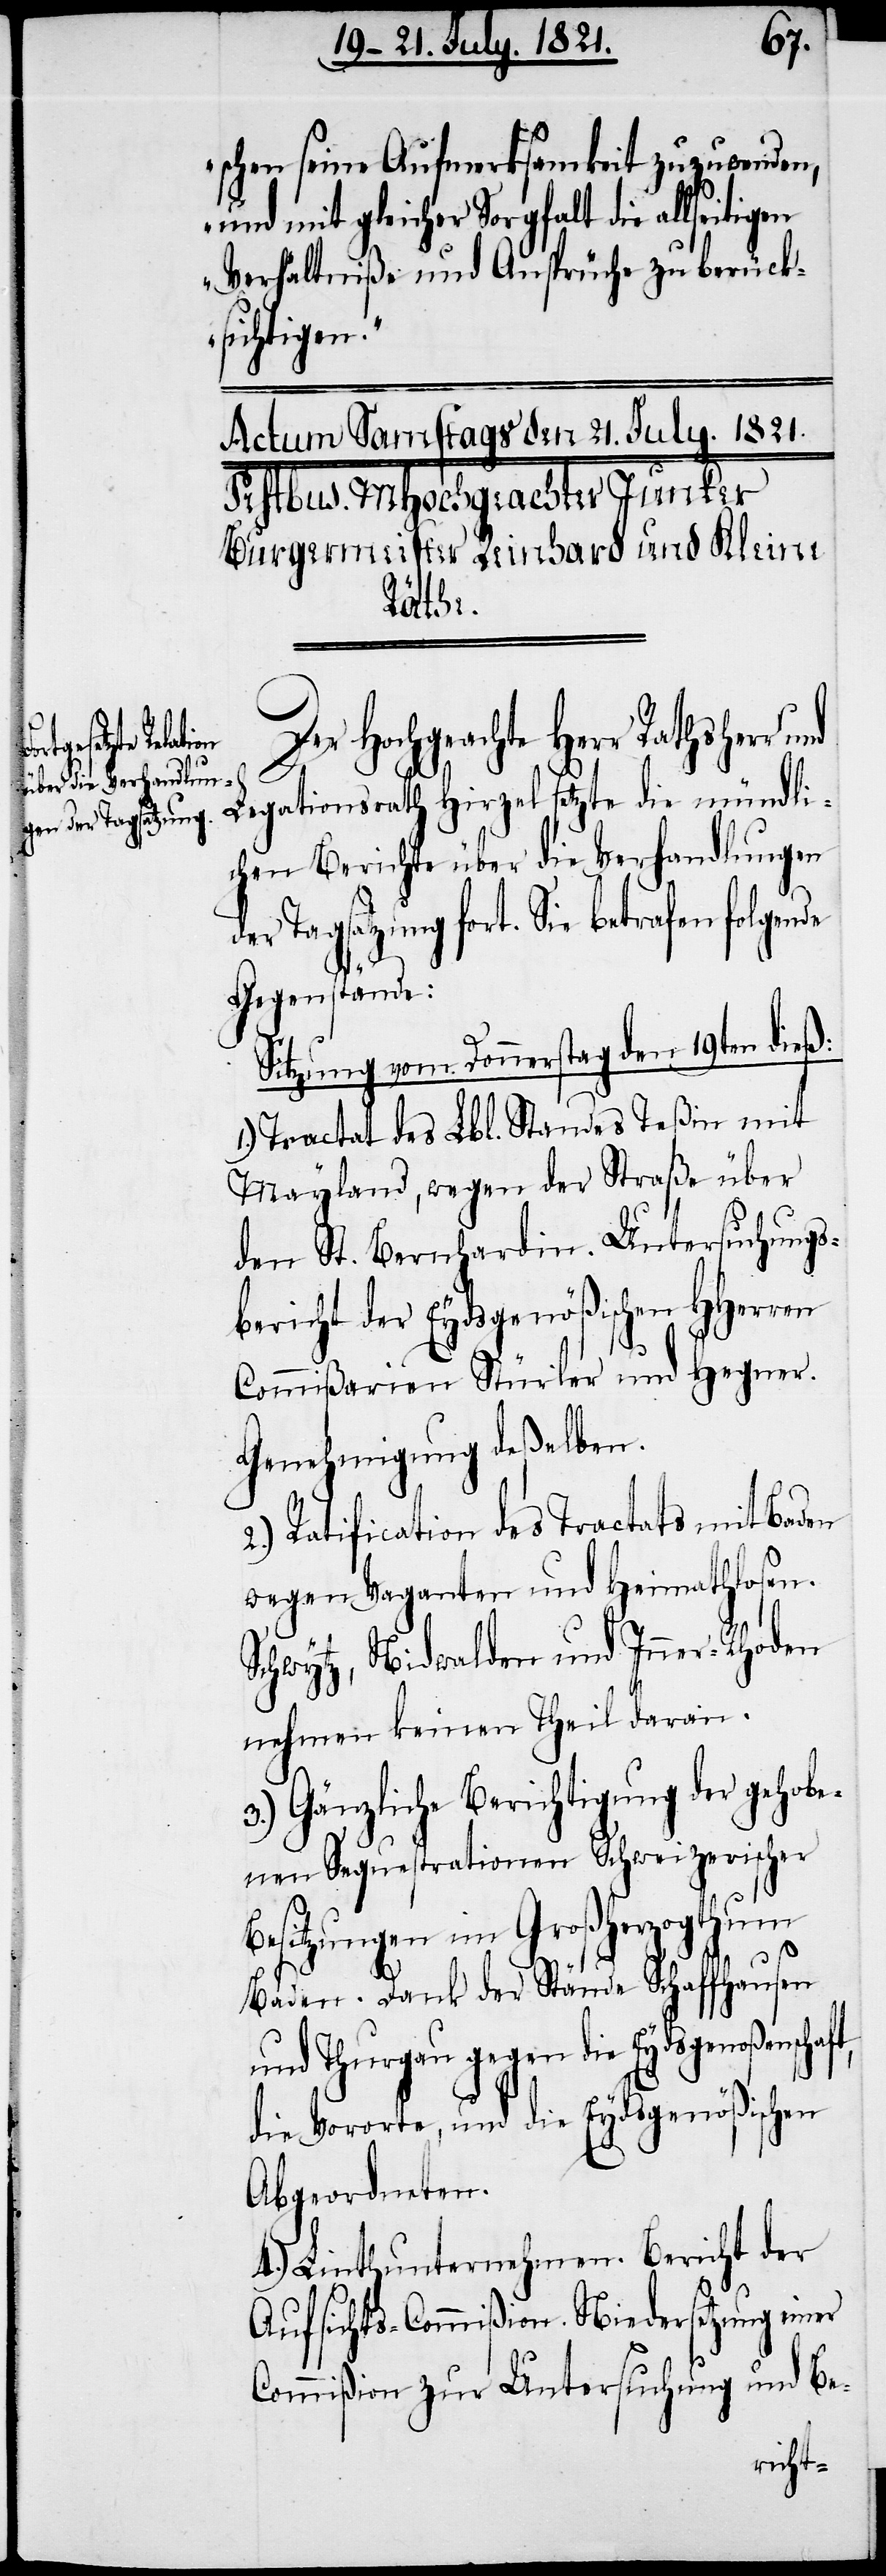
schen seine Aufmerksamkeit zuzuwenden,
und mit gleicher Sorgfalt die allseitigen
Verhältniße und Ansprüche zu berück¬
sichtigen.“
t,
Der Hochgeachte Herr Rathsherr
de
Legationsrath Hirzel setzte die mündli¬
chen Berichte über die Verhandlungen
der Tagsatzung fort. Sie betrafen folgen¬
Gegenstände:
Sitzung vom Donnerstag den 19ten dieß:
1.) Tractat des Lbl. Standes Teßin mit
Mayland, wegen der Straße über
den St. Bernhardin. Untersuchungs¬
bericht der Eydsgenößischen HHerren
Commißarien Stürler und Hegner.
Genehmigung deßelben.
2.) Ratification des Tractats mit Baden
wegen Vaganten und Heimathlosen.
Schwytz, Nidwalden und Inner-Rhoden
nehmen keinen Theil daran.
3.) Gänzliche Berichtigung der gehobe¬
nen Sequestrationen Schweizerischer
Besitzungen im Großherzogthum
Baden. Dank der Stände Schaffhausen
und Thurgau gegen die Eydsgenoßenschaf¬
die Vororte, und die Eydsgenößischen
Abgeordneten.
4.) Linthunternehmen. Bericht der
Aufsichts-Commißion. Niedersetzung einer
Commißion zur Untersuchung und Be-